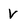
Character: V